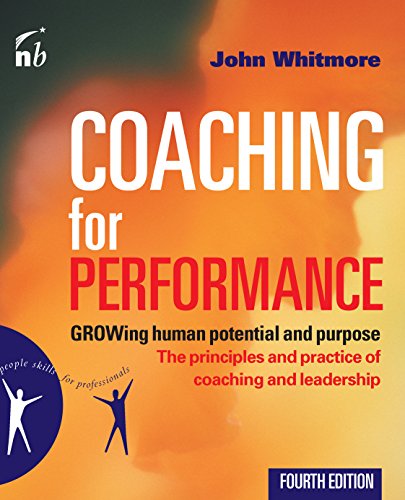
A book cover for Coaching for Performance: GROWing Human Potential and Purpose - The Principles and Practice of Coaching and Leadership, 4th Edition; John Whitmore; Cookbooks, Food & Wine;